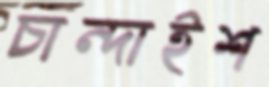
চান্দাইশ